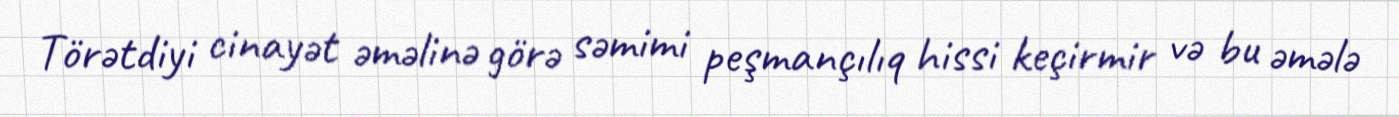
Törətdiyi cinayət əməlinə görə səmimi peşmançılıq hissi keçirmir və bu əmələ